Jaan_Tonisson_(Lasteleht), lk 416
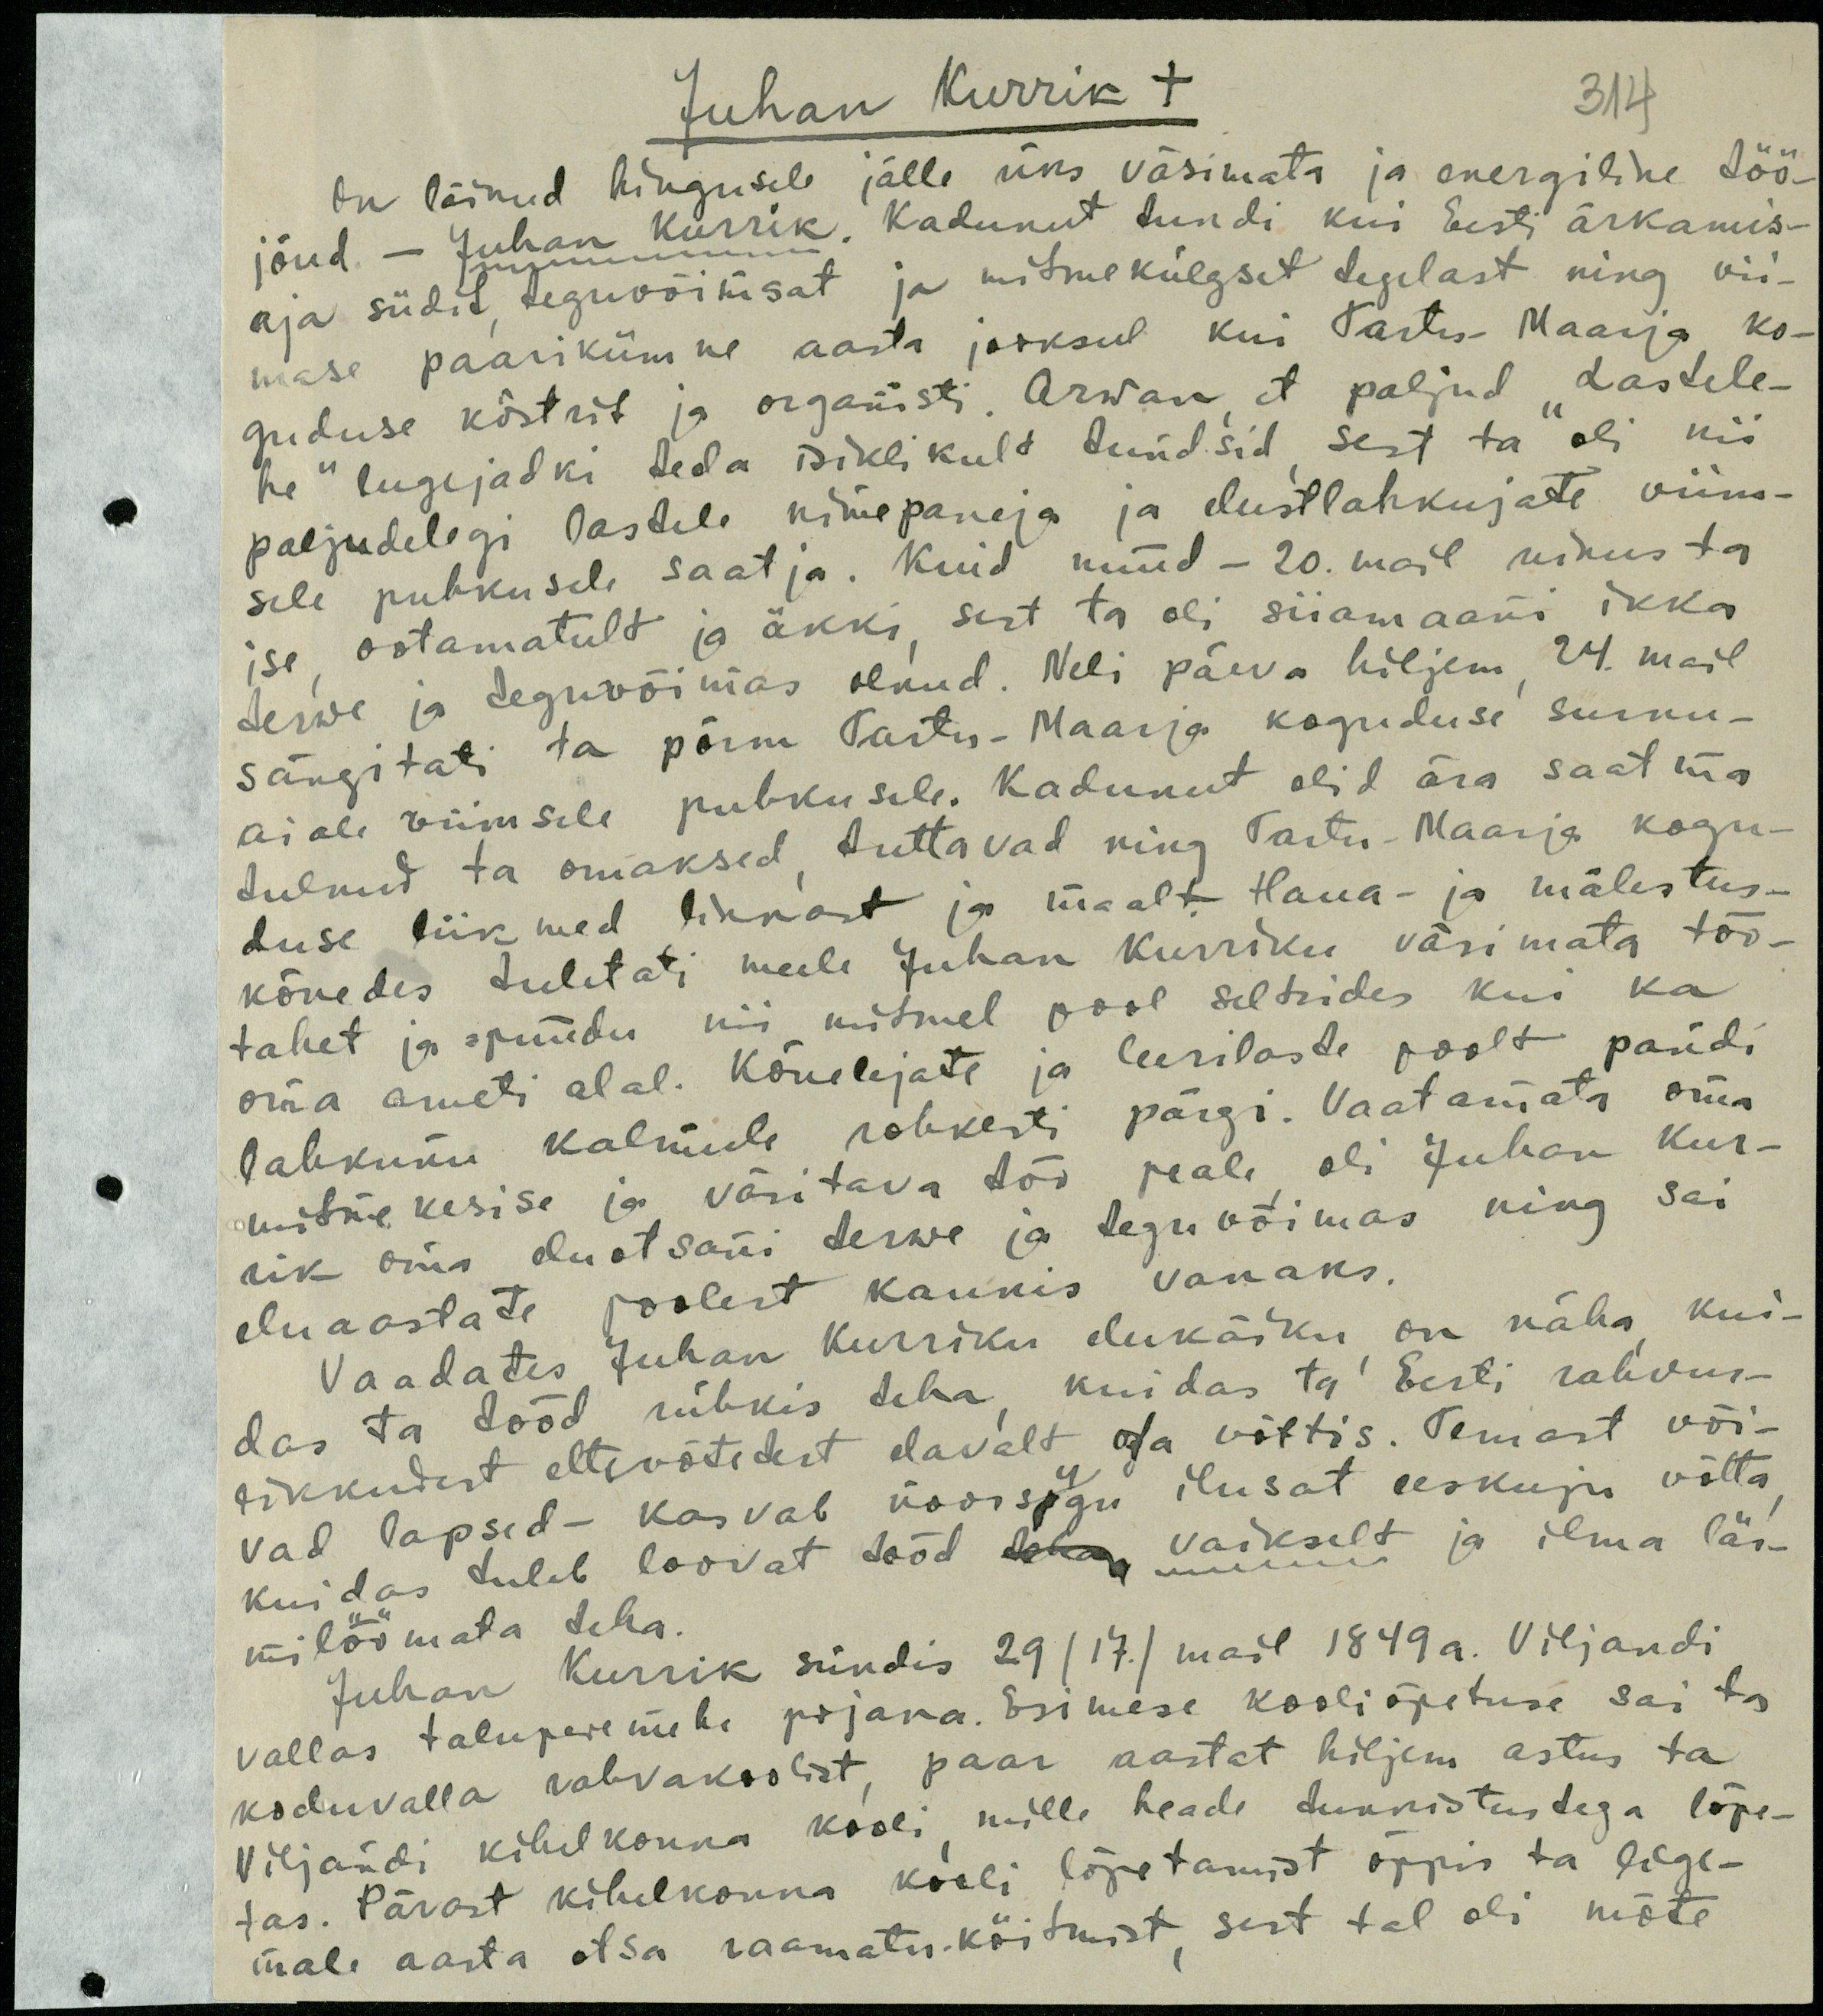
Juhan Kurrik +
314
On läinud hingusele jälle üks väsimata ja energiline töö-
jõud. - Juhan Kurrik, Kadunut tundi, kui Eesti ärkamis-
aja südit teguvõimsat ja mitmekülgset tegelast ning vii
mase paarikümne aasta jooksul kui Tartus Maarja ko-
guduse köstrit ja organisti. Arwan et paljud "Lastele-
he" lugejadki teda isiklikult tundsid sest ta oli nii
paljudelegi lastele nimepaneja ja elustlahkujate viims-
sile puhkusele saatja. Kuid nüüd - 20. mail uinus ta
ise ootamatult ja äkki sest ta oli siiamaani ikka
terwe ja teguvõimas olnud. Neli päeva hiljem, 24. mail
sängitati ta põrm Tartu-Maarja koguduse surnu-
aiale viimsele puhkusele. Kadunut olid ära saatma
tulnud ta omaksed tuttavad ning Tartu Maarja kogu-
duse liikmed linnast ja maalt Haua- ja mälestus-
kõnedes tuletati meele Juhan Kurriku väsimata töö-
tahet ja püüdu nii mitmel pool seltsides kui ka
oma ameti alal. Kõnelejate ja leerilaste poolt pandi
lahkunu kalmule rohkesti pärgi. Vaatamata oma
mitmekesise ja väsitava töö peale oli Juhan Kur-
nik oma eluotsani terwe ja teguvõimas ning sai
eluaastate poolest kaunis vanaks.
Vaadates Juhan Kurriku elukäiku on näha kui-
das ta tööd rühkis teha, kuidas ta Eesti rahvus-
likkudest ettevõtetest elavalt osa võttis. Temast või-
vad lapsed - kasvab noorsugu ilusat eeskuju võtta,
kuidas tuleb loovat tööd vaikselt ja ilma lär-
mi löömata teha.
Juhan Kurrik sündis 29/17./ mail 1849 a. Viljandi
vallas taluperemehe pojana. Esimese kooliõpetuse sai ta
koduvalla rahvakoolist, paar aastat hiljem astus ta
Viljandi kihelkonna kooli mille heade tunnistustega lõpe-
tas. Pärast kihelkonna kooli lõpetamist õppis ta lige-
male aasta otsa raamatuköitmist, sest tal oli mõte